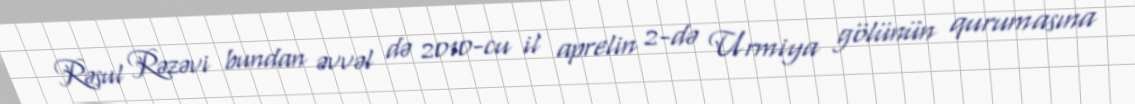
Rəsul Rəzəvi bundan əvvəl də 2010-cu il aprelin 2-də Urmiya gölünün qurumasına